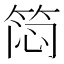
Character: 𬕊